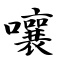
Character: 嚷